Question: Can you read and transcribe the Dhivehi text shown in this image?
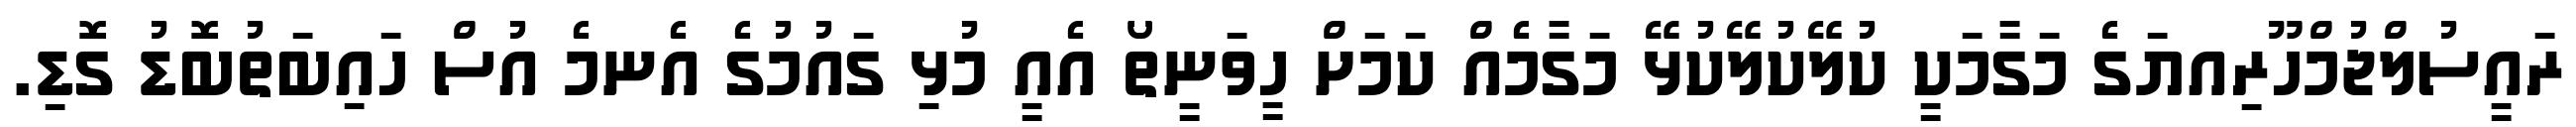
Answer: ރައީސުލްޖުމްހޫރިއޔަގެ މަގާމަކީ ކުލޭކުލޭކުޅޭ މަގާމެއް ކަމަށް ހީވަނީތޯ އެއީ މުޅި ގައުމުގެ އެނމެ އުސް ހައިބަތުބޮޑު ގޮޑި.